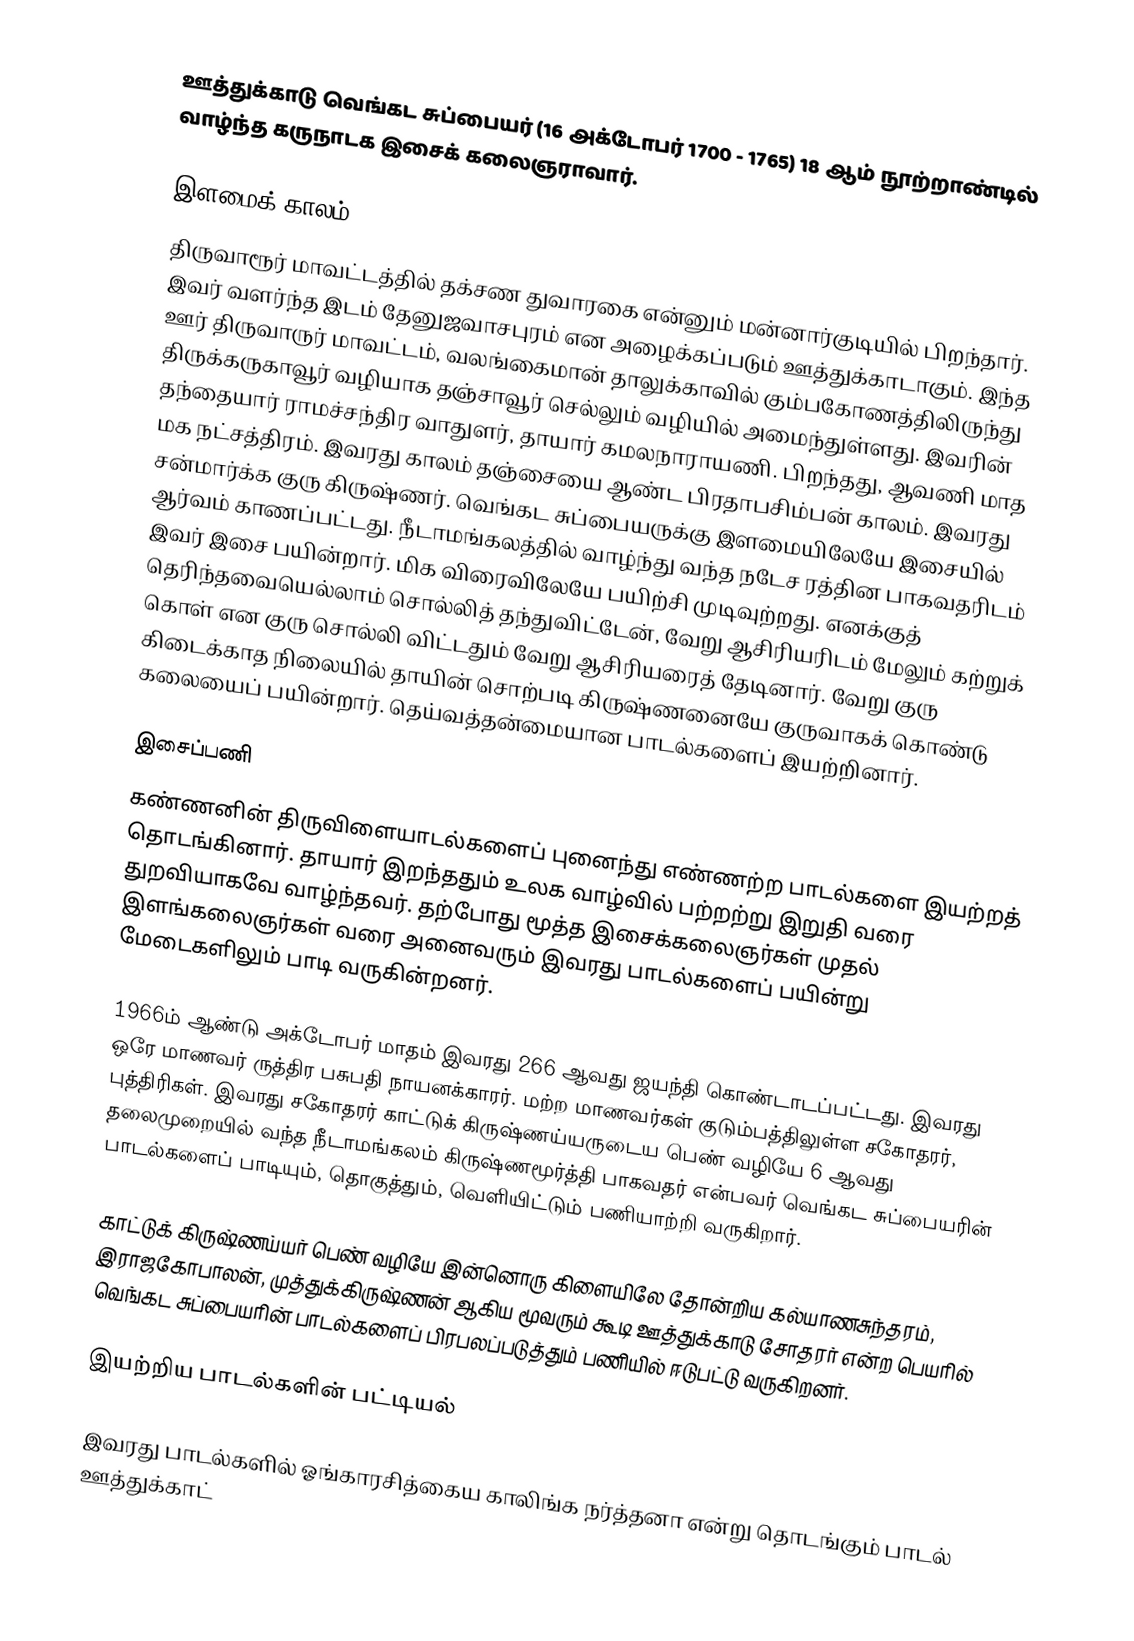
ஊத்துக்காடு வெங்கட சுப்பையர் (16 அக்டோபர் 1700 - 1765) 18 ஆம் நூற்றாண்டில் வாழ்ந்த கருநாடக இசைக் கலைஞராவார்.

இளமைக் காலம்
திருவாரூர் மாவட்டத்தில் தக்சண துவாரகை என்னும் மன்னார்குடியில் பிறந்தார். இவர் வளர்ந்த இடம் தேனுஜவாசபுரம் என அழைக்கப்படும் ஊத்துக்காடாகும். இந்த ஊர் திருவாருர் மாவட்டம், வலங்கைமான் தாலுக்காவில் கும்பகோணத்திலிருந்து திருக்கருகாவூர் வழியாக தஞ்சாவூர் செல்லும் வழியில் அமைந்துள்ளது. இவரின் தந்தையார் ராமச்சந்திர வாதுளர், தாயார் கமலநாராயணி. பிறந்தது, ஆவணி மாத மக நட்சத்திரம். இவரது காலம் தஞ்சையை ஆண்ட பிரதாபசிம்பன் காலம். இவரது சன்மார்க்க குரு கிருஷ்ணர். வெங்கட சுப்பையருக்கு இளமையிலேயே இசையில் ஆர்வம் காணப்பட்டது. நீடாமங்கலத்தில் வாழ்ந்து வந்த நடேச ரத்தின பாகவதரிடம் இவர் இசை பயின்றார். மிக விரைவிலேயே பயிற்சி முடிவுற்றது. எனக்குத் தெரிந்தவையெல்லாம் சொல்லித் தந்துவிட்டேன், வேறு ஆசிரியரிடம் மேலும் கற்றுக் கொள் என குரு சொல்லி விட்டதும் வேறு ஆசிரியரைத் தேடினார். வேறு குரு கிடைக்காத நிலையில் தாயின் சொற்படி கிருஷ்ணனையே குருவாகக் கொண்டு கலையைப் பயின்றார். தெய்வத்தன்மையான பாடல்களைப் இயற்றினார்.

இசைப்பணி
கண்ணனின் திருவிளையாடல்களைப் புனைந்து எண்ணற்ற பாடல்களை இயற்றத் தொடங்கினார். தாயார் இறந்ததும் உலக வாழ்வில் பற்றற்று இறுதி வரை துறவியாகவே வாழ்ந்தவர். தற்போது மூத்த இசைக்கலைஞர்கள் முதல் இளங்கலைஞர்கள் வரை அனைவரும் இவரது பாடல்களைப் பயின்று மேடைகளிலும் பாடி வருகின்றனர்.

1966ம் ஆண்டு அக்டோபர் மாதம் இவரது 266 ஆவது ஜயந்தி கொண்டாடப்பட்டது. இவரது ஒரே மாணவர் ருத்திர பசுபதி நாயனக்காரர். மற்ற மாணவர்கள் குடும்பத்திலுள்ள சகோதரர், புத்திரிகள். இவரது சகோதரர் காட்டுக் கிருஷ்ணய்யருடைய பெண் வழியே 6 ஆவது தலைமுறையில் வந்த நீடாமங்கலம் கிருஷ்ணமூர்த்தி பாகவதர் என்பவர் வெங்கட சுப்பையரின் பாடல்களைப் பாடியும், தொகுத்தும், வெளியிட்டும் பணியாற்றி வருகிறார்.

காட்டுக் கிருஷ்ணய்யர் பெண் வழியே இன்னொரு கிளையிலே தோன்றிய கல்யாணசுந்தரம், இராஜகோபாலன், முத்துக்கிருஷ்ணன் ஆகிய மூவரும் கூடி ஊத்துக்காடு சோதரர் என்ற பெயரில் வெங்கட சுப்பையரின் பாடல்களைப் பிரபலப்படுத்தும் பணியில் ஈடுபட்டு வருகிறனர்.

இயற்றிய பாடல்களின் பட்டியல்

இவரது பாடல்களில் ஓங்காரசித்கைய காலிங்க நர்த்தனா என்று தொடங்கும் பாடல் ஊத்துக்காட்